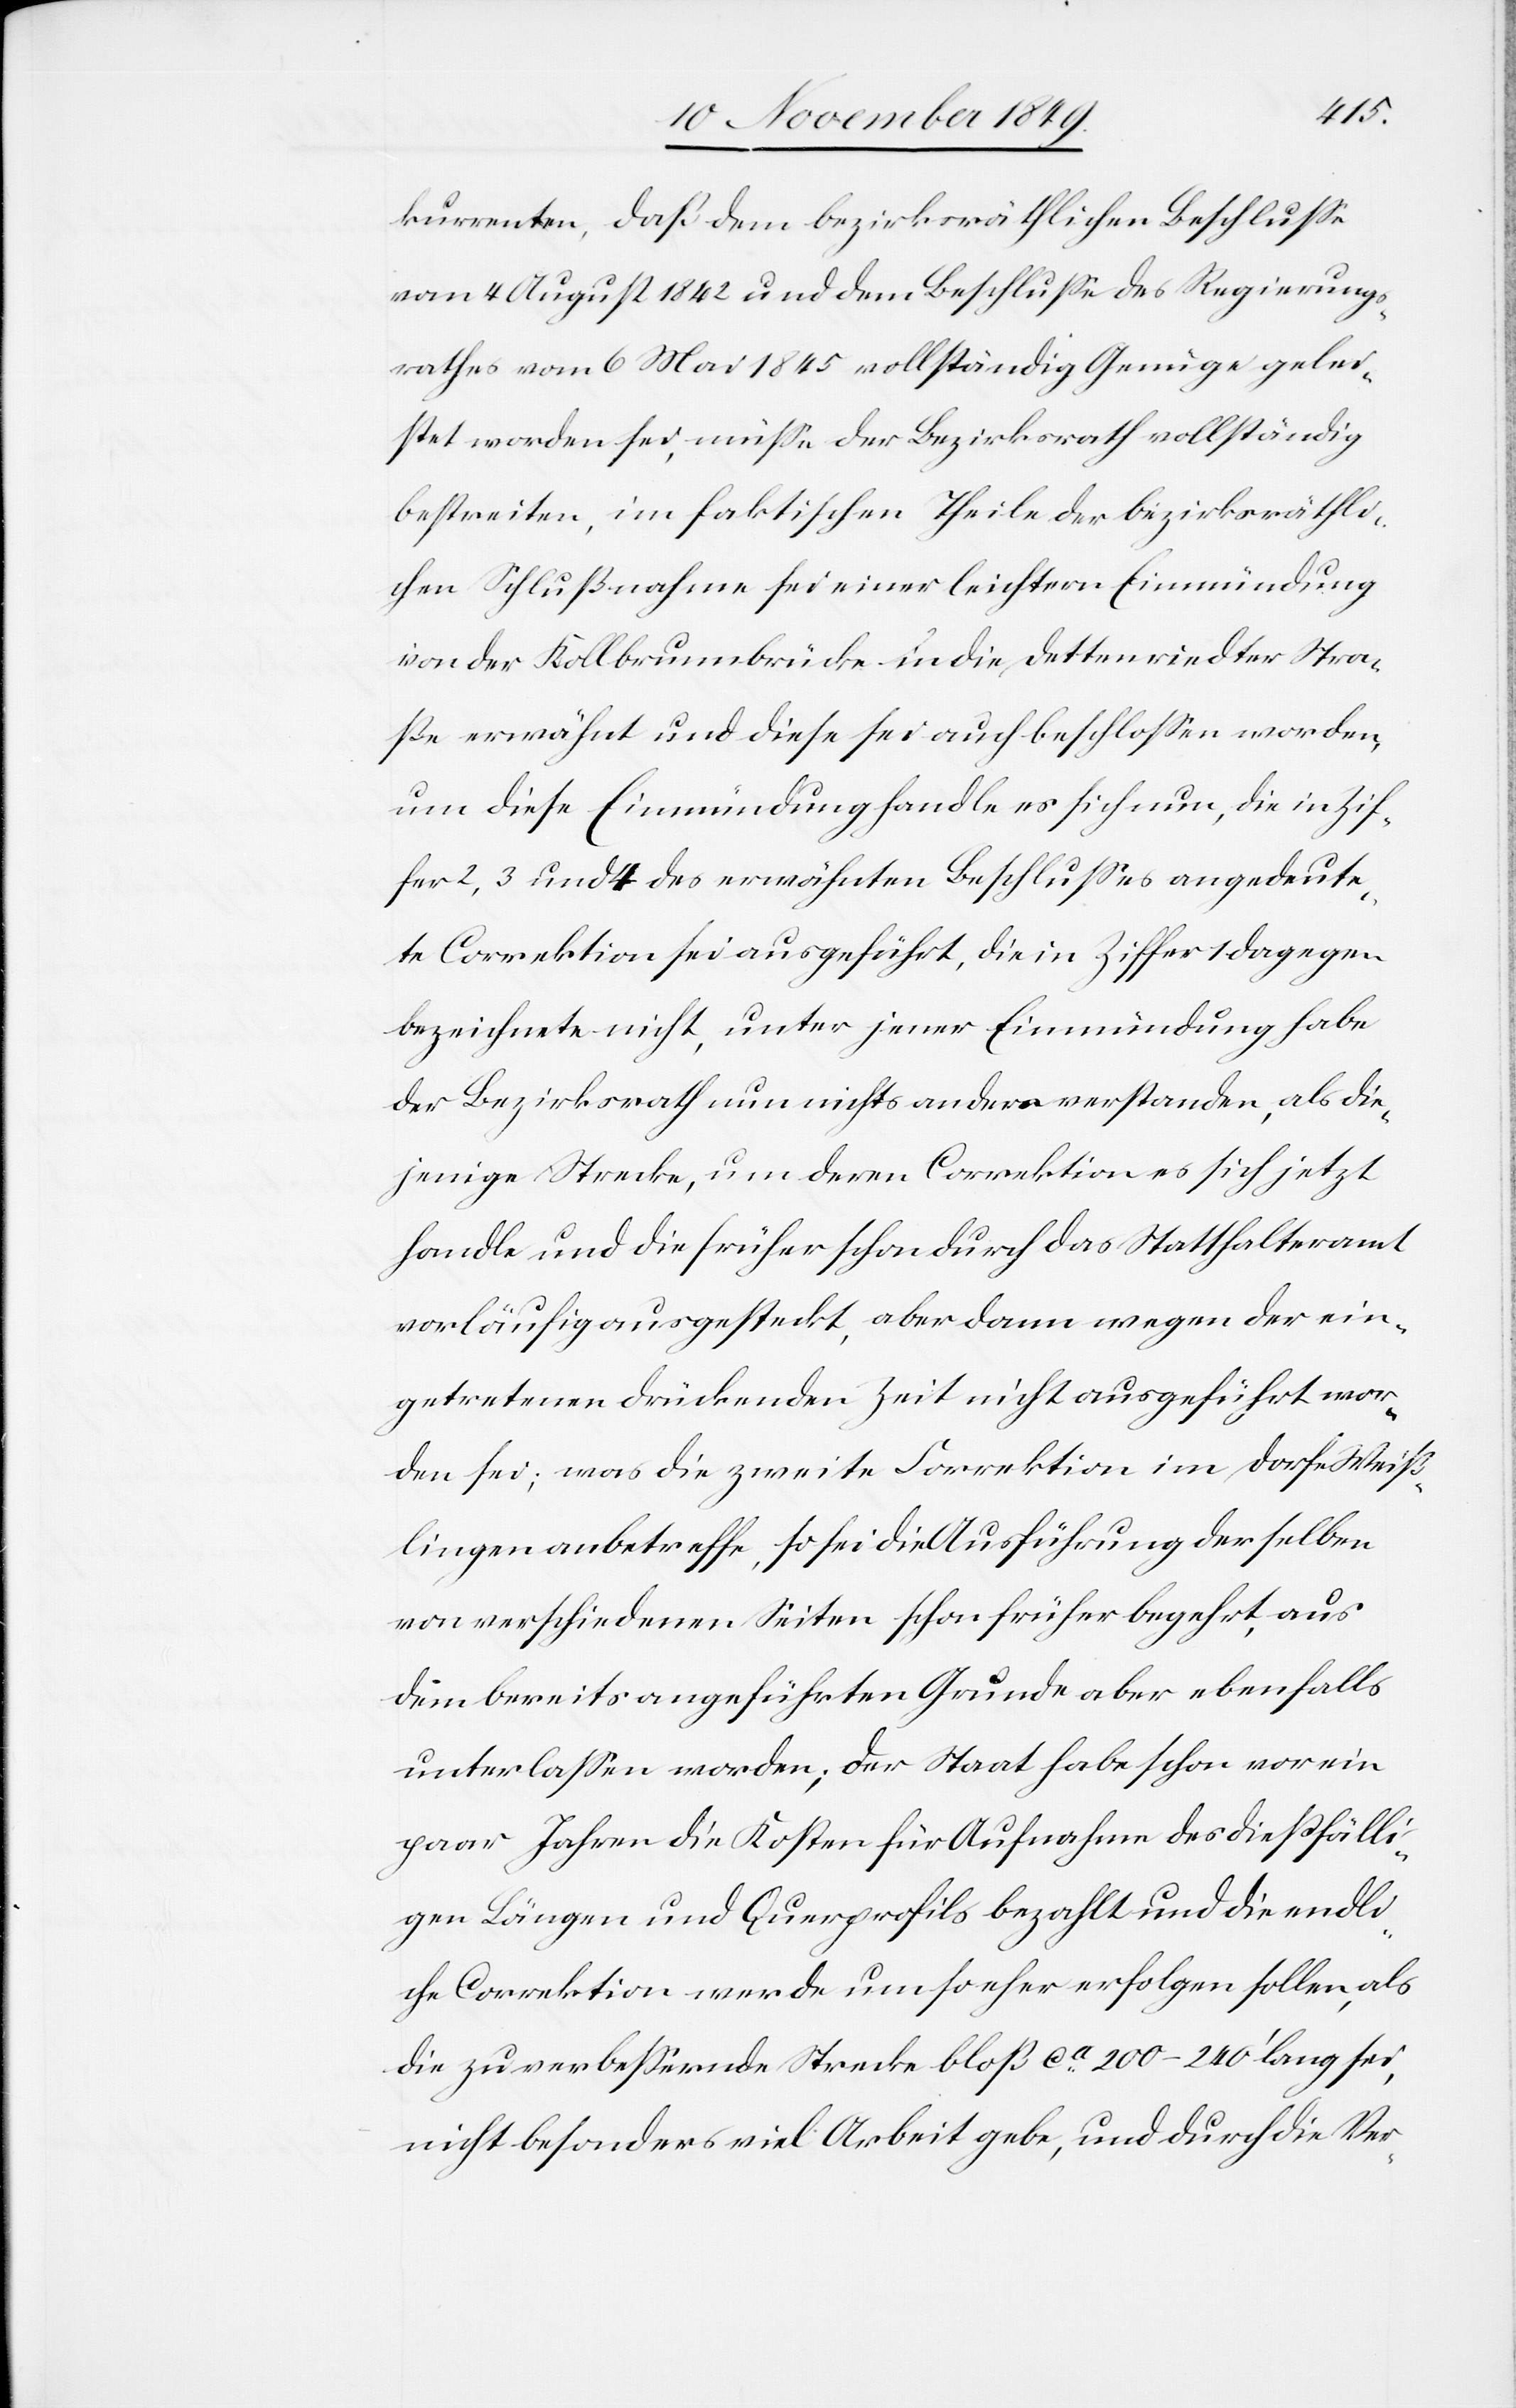
kurrenten, daß dem bezirksräthlichen Beschluße
vom 4 August 1842 und dem Beschluße des Regierungs¬
rathes vom 6 Mai 1845 vollständig Genüge gelei¬
stet worden sei, müße der Bezirksrath vollständig
bestreiten, im faktischen Theile der bezirksräthli¬
chen Schlußnahme sei einer leichtern Einmündung
von der Kollbrunnbrücke in die Dettenriedter Stra¬
ße erwähnt und diese sei auch beschloßen worden,
um diese Einmündung handle es sich nun, die in Zif¬
fer 2,3 und 4 des erwähnten Beschlußes angedeute¬
te Correktion sei ausgeführt, die in Ziffer 1 dagegen
bezeichnete nicht, unter jener Einmündung habe
der Bezirksrath nun nichts anders verstanden, als die¬
jenige Strecke, um deren Correktion es sich jetzt
handle und die früher schon durch das Statthalteramt
vorläufig ausgesteckt, aber dann wegen der ein¬
getretenen drückenden Zeit nicht ausgeführt wor¬
den sei, was die zweite Correktion im Dorfe Weiß¬
lingen anbetreffe, so sei die Ausführung derselben
von verschiedenen Seiten schon früher begehrt, aus
dem bereits angeführten Grunde aber ebenfalls
unterlaßen worden; der Staats habe schon vor ein
paar Jahren die Kosten für Aufnahme des dießfälli¬
gen Längen und Querprofils bezahlt und die endli¬
che Correktion werde um so eher erfolgen sollen, als
die zu verbeßernde Strecke bloß ca 200–240’ lang sei,
nicht besonders viel Arbeit gebe, und durch die Ver-